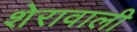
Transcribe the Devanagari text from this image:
शेरावाली